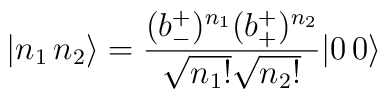
| n_{1}\, n_{2}\rangle =\frac{(b^{+}_{-})^{n_{1}}(b^{+}_{+})^{n_{2}}}{\sqrt{n_{1}!}\sqrt{n_{2}!}}| 0\, 0\rangle